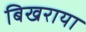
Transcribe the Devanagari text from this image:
बिखराया